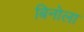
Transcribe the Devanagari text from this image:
बिनोला